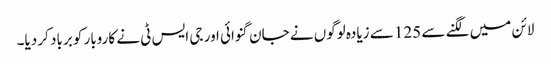
لائن میں لگنے سے 125 سے زیادہ لوگوں نے جان گنوائی اور جی ایس ٹی نے کاروبار کو برباد کر دیا۔